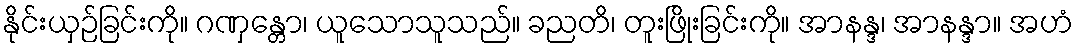
နိုင်းယှဉ်ခြင်းကို။ ဂဏှန္တော၊ ယူသောသူသည်။ ခညတိ၊ တူးဖြိုးခြင်းကို။ အာနန္ဒ၊ အာနန္ဒာ။ အဟံ